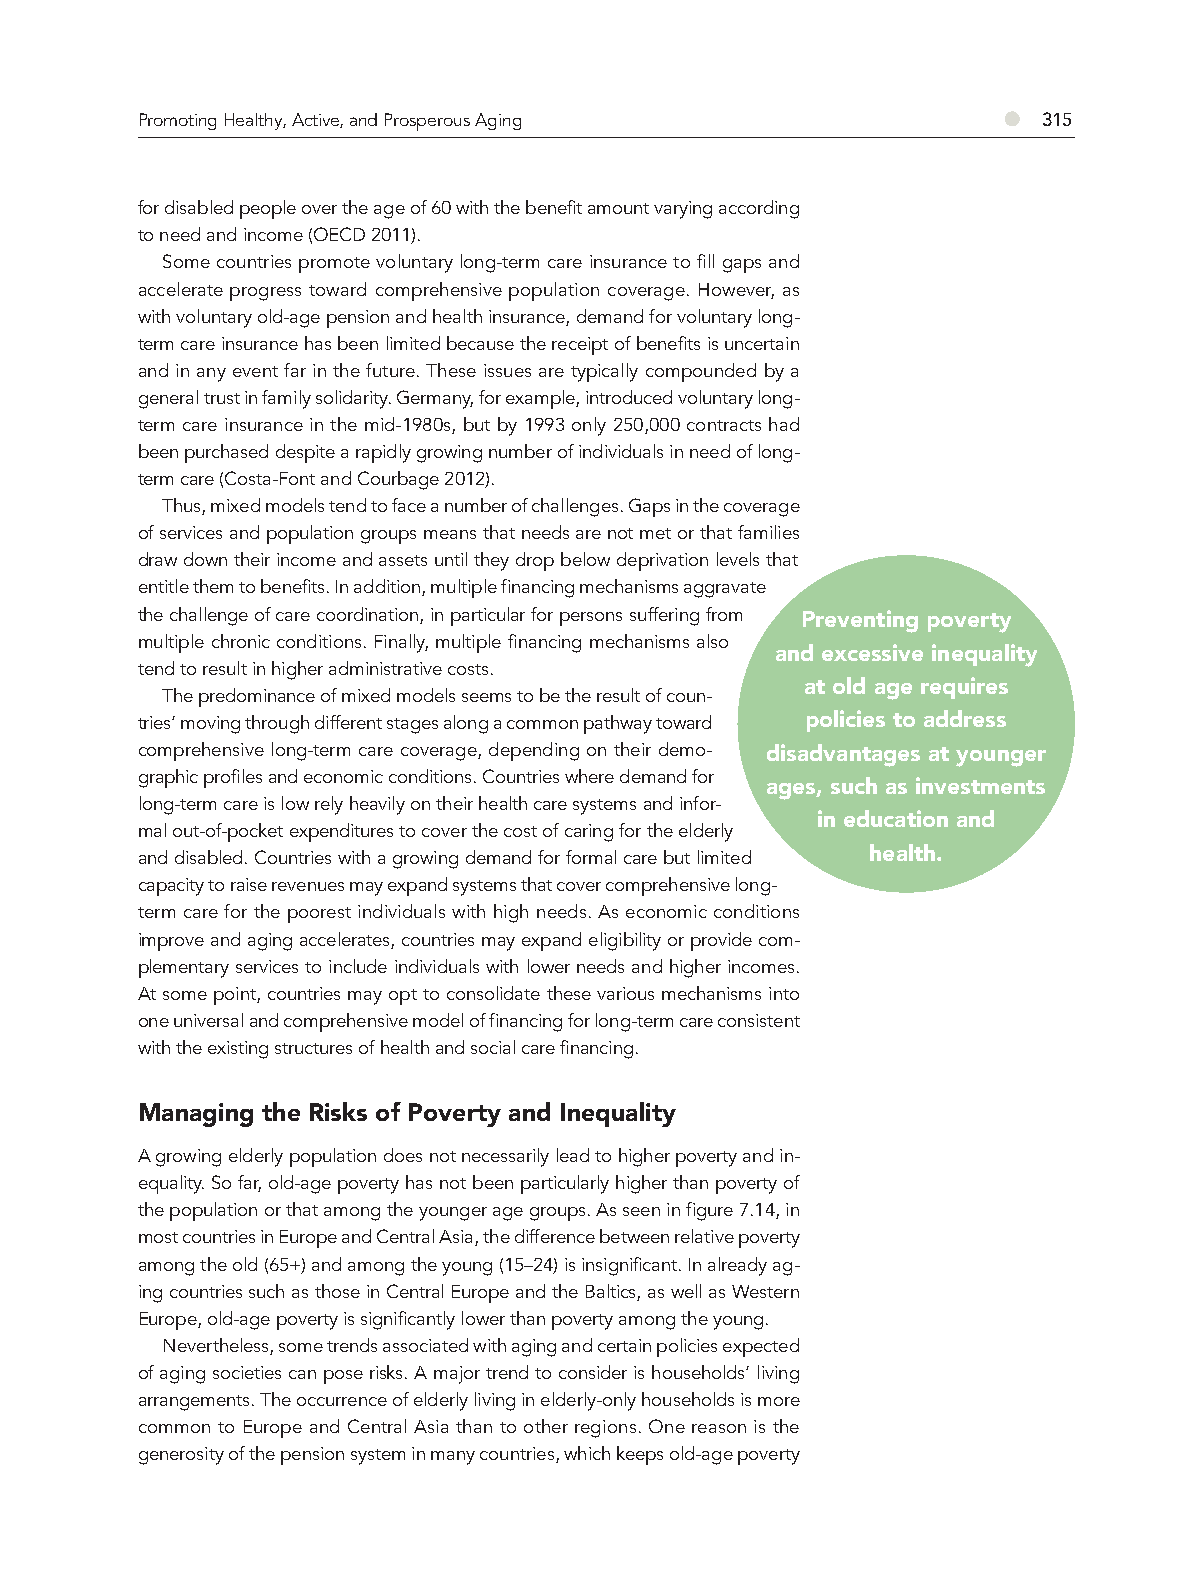
Promoting Healthy, Active, and Prosperous Aging          ●  315
 for disabled people over the age of 60 with the benefit amount varying according
 to need and income (OECD 2011).
 Some countries promote voluntary long-term care insurance to fill gaps and
 accelerate progress toward comprehensive population coverage. However, as
 with voluntary old-age pension and health insurance, demand for voluntary long-
 term care insurance has been limited because the receipt of benefits is uncertain
 and in any event far in the future. These issues are typically compounded by a
 general trust in family solidarity. Germany, for example, introduced voluntary long-
 term care insurance in the mid-1980s, but by 1993 only 250,000 contracts had
 been purchased despite a rapidly growing number of individuals in need of long-
 term care (Costa-Font and Courbage 2012).
 Thus, mixed models tend to face a number of challenges. Gaps in the coverage
 of services and population groups means that needs are not met or that families
 draw down their income and assets until they drop below deprivation levels that
 entitle them to benefits. In addition, multiple financing mechanisms aggravate
 the challenge of care coordination, in particular for persons suffering from Preventing poverty
 multiple chronic conditions. Finally, multiple financing mechanisms also
 and excessive inequality
 tend to result in higher administrative costs.
 at old age requires
 The predominance of mixed models seems to be the result of coun-
 tries’ moving through different stages along a common pathway toward policies to address
 comprehensive long-term care coverage, depending on their demo- disadvantages at younger
 graphic profiles and economic conditions. Countries where demand for
 ages, such as investments
 long-term care is low rely heavily on their health care systems and infor-
 in education and
 mal out-of-pocket expenditures to cover the cost of caring for the elderly
 health.
 and disabled. Countries with a growing demand for formal care but limited
 capacity to raise revenues may expand systems that cover comprehensive long-
 term care for the poorest individuals with high needs. As economic conditions
 improve and aging accelerates, countries may expand eligibility or provide com-
 plementary services to include individuals with lower needs and higher incomes.
 At some point, countries may opt to consolidate these various mechanisms into
 one universal and comprehensive model of financing for long-term care consistent
 with the existing structures of health and social care financing.
 Managing the Risks of Poverty and Inequality
 A growing elderly population does not necessarily lead to higher poverty and in-
 equality. So far, old-age poverty has not been particularly higher than poverty of
 the population or that among the younger age groups. As seen in figure 7.14, in
 most countries in Europe and Central Asia, the difference between relative poverty
 among the old (65+) and among the young (15–24) is insignificant. In already ag-
 ing countries such as those in Central Europe and the Baltics, as well as Western
 Europe, old-age poverty is significantly lower than poverty among the young.
 Nevertheless, some trends associated with aging and certain policies expected
 of aging societies can pose risks. A major trend to consider is households’ living
 arrangements. The occurrence of elderly living in elderly-only households is more
 common to Europe and Central Asia than to other regions. One reason is the
 generosity of the pension system in many countries, which keeps old-age poverty